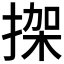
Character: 𢱌